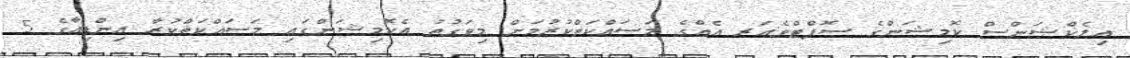
އިލެކްޝަންސް ކޮމިޝަންގެ ސޮފްޓްވެއަރ އެއްގެ މަސައްކަތްކުރުމަށް މިވަގުތު އެކޮމިޝަންގައި މަސައްކަތްކުރާ އިންޑިއާގެ 5